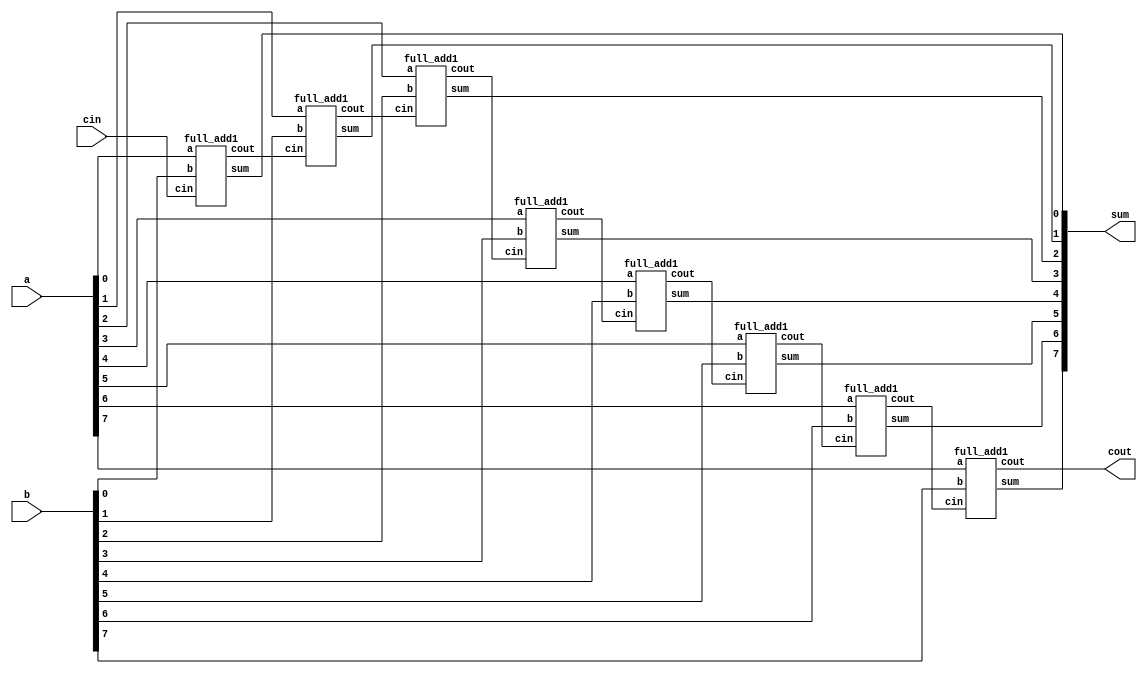
module add_jl(sum,cout,a,b,cin);
output[7:0] sum;
output cout;
input[7:0] a,b;
input cin;

full_add1 f0(a[0],b[0],cin,sum[0],cin1);
full_add1 f1(a[1],b[1],cin1,sum[1],cin2);
full_add1 f2(a[2],b[2],cin2,sum[2],cin3);
full_add1 f3(a[3],b[3],cin3,sum[3],cin4);
full_add1 f4(a[4],b[4],cin4,sum[4],cin5);
full_add1 f5(a[5],b[5],cin5,sum[5],cin6);
full_add1 f6(a[6],b[6],cin6,sum[6],cin7);
full_add1 f7(a[7],b[7],cin7,sum[7],cout);
endmodule

module full_add1(a,b,cin,sum,cout);
input a,b,cin;
output sum,cout;
wire s1,m1,m2,m3;
and (m1,a,b),
    (m2,b,cin),
    (m3,a,cin);
xor (s1,a,b),
    (sum,s1,cin);
or  (cout,m1,m2,m3);
endmodule